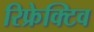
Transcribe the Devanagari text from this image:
रिफ्रेक्टिव